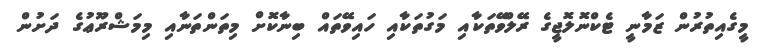
މީގެއިތުރުން ޒަމާނީ ޓެކްނޮލޮޖީގެ ރޭލްވޭތަކާއި މަގުތަކާއި ހައިވޭތައް ބިނާކޮށް މިތަންތަނާއި މިމަޝްރޫޢުގެ ދަށުން